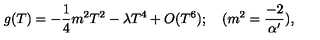
g ( T ) = - { \frac { 1 } { 4 } } { m ^ { 2 } } T ^ { 2 } - { \lambda } T ^ { 4 } + O ( T ^ { 6 } ) ; \quad ( { m ^ { 2 } = { \frac { - 2 } { \alpha ^ { \prime } } } ) } ,